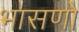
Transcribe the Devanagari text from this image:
भासणो